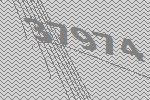
37974